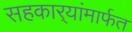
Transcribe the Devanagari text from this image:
सहकार्‍यांमार्फत